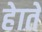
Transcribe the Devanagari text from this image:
हेाते